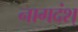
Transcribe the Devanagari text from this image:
नागदंश्